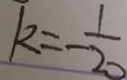
k = - \frac { 1 } { 2 0 }